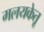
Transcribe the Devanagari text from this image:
मलयकेतू